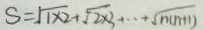
S = \sqrt { 1 \times 2 } + \sqrt { 2 \times 3 } + \cdots + \sqrt { n ( n + 1 ) }